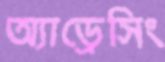
অ্যাড্রেসিং